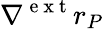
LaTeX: \nabla^{\mathrm{~e~x~t~}}r_{P}